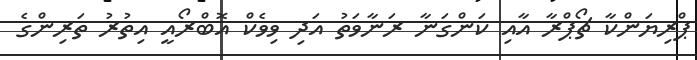
ޕްރިޔަންކާ ޗޯޕްރާ އާއި ކަންގަނާ ރަނާވަތު އަދި ވިވެކް އޮބްރޯއީ އިތުރު ތަރިންގެ